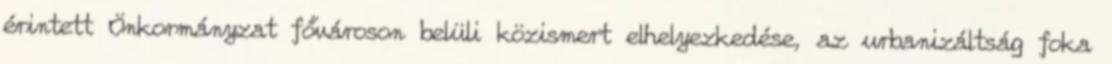
érintett Önkormányzat fővároson belüli közismert elhelyezkedése, az urbanizáltság foka